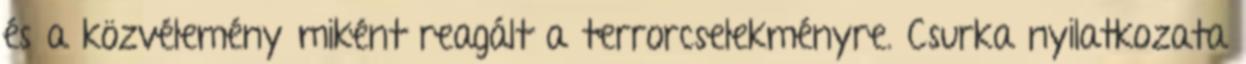
és a közvélemény miként reagált a terrorcselekményre. Csurka nyilatkozata